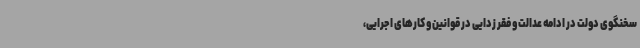
سخنگوی دولت در ادامه عدالت و فقر زدایی در قوانین و کارهای اجرایی،